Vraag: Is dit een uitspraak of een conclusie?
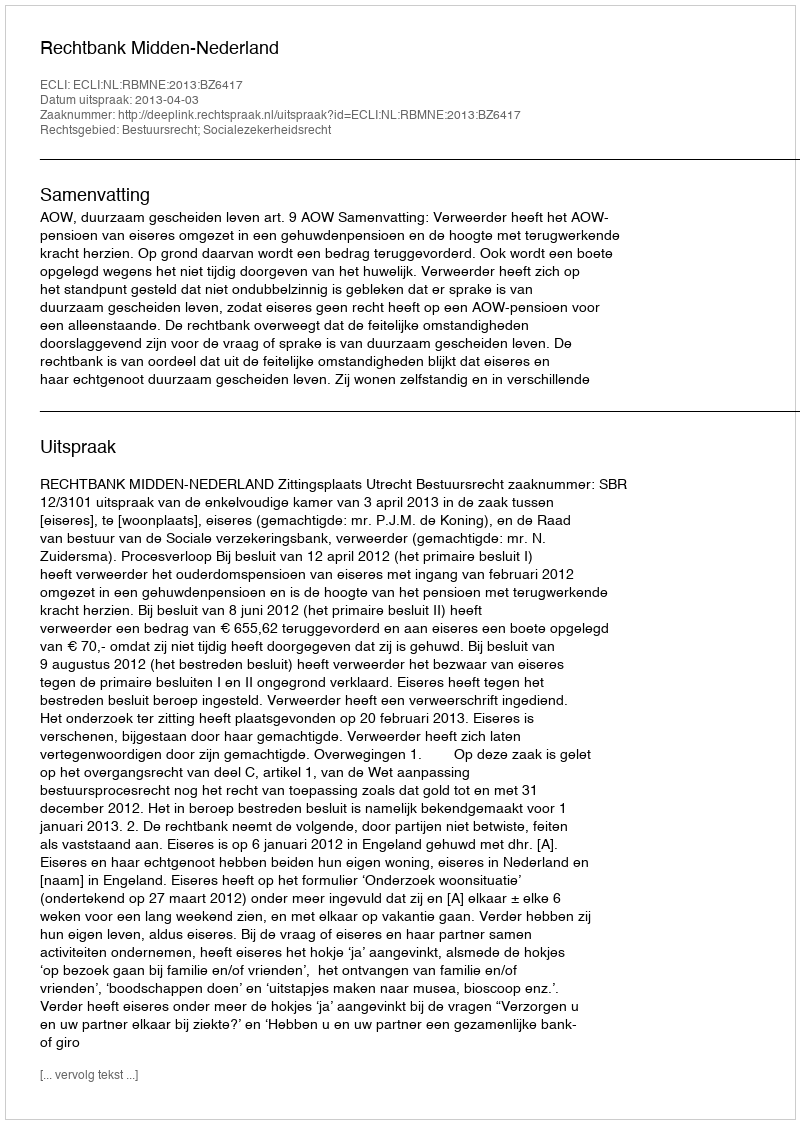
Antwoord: Uitspraak